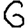
Digit: 6